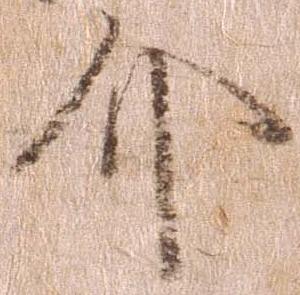
介